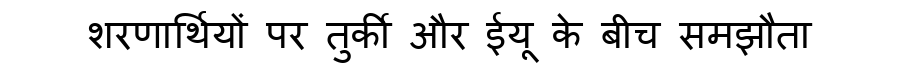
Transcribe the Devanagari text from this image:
शरणार्थियों पर तुर्की और ईयू के बीच समझौता